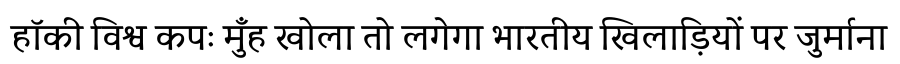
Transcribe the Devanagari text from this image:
हॉकी विश्व कपः मुँह खोला तो लगेगा भारतीय खिलाड़ियों पर जुर्माना